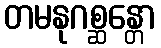
တမနုဂစ္ဆန္တော